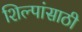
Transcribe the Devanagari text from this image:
शिल्पांसाठी